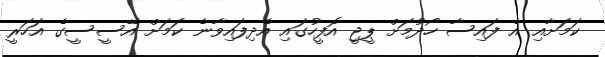
ކަމަށާއި އެ ފައިސާ ހޯދުމަށް ޕީޖީ އޮފީހުގައި އެދިފައިވާނެ ކަމަށް އޭސީސީގެ އަހަރީ